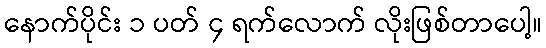
နောက်ပိုင်း ၁ ပတ် ၄ ရက်လောက် လိုးဖြစ်တာပေါ့။